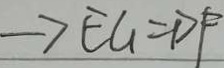
\rightarrow E U = D F